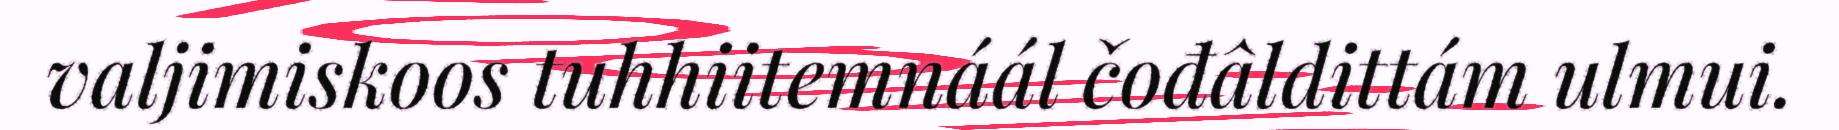
valjimiskoos tuhhiitemnáál čođâldittám ulmui.